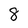
Character: 8